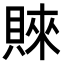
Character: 𧶛